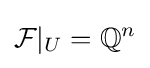
{\mathcal {F}}|_{U}=\mathbb {Q} ^{n}